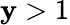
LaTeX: \mathbf{y}>1